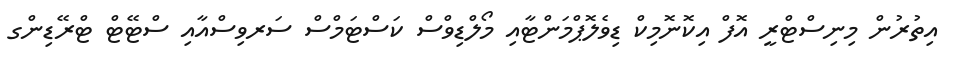
އިތުރުން މިނިސްޓްރީ އޮފް އިކޮނޮމިކް ޑިވެލޮޕްމަންޓާއި މޯލްޑިވްސް ކަސްޓަމްސް ސަރވިސްއާއި ސްޓޭޓް ޓްރޭޑިންގ